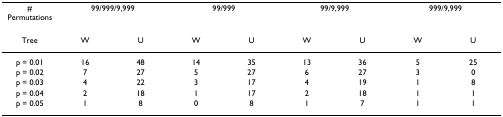
| # Permutations | <COLSPAN=2> 99/999/9,999 | <COLSPAN=2> 99/999 | <COLSPAN=2> 99/9,999 | <COLSPAN=2> 999/9,999 |
 | --- | --- | --- | --- | --- | --- | --- | --- | --- |
 | Tree | W | U | W | U | W | U | W | U |
 | p = 0.01 | 16 | 48 | 14 | 35 | 13 | 36 | 5 | 25 |
 | p = 0.02 | 7 | 27 | 5 | 27 | 6 | 27 | 3 | 0 |
 | p = 0.03 | 4 | 22 | 3 | 17 | 4 | 19 | 1 | 8 |
 | p = 0.04 | 2 | 18 | 1 | 17 | 2 | 18 | 1 | 1 |
 | p = 0.05 | 1 | 8 | 0 | 8 | 1 | 7 | 1 | 1 |